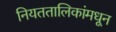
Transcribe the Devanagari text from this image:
नियततालिकांमधून